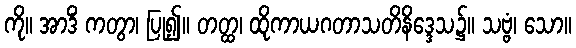
ကို။ အာဒိံ ကတွာ၊ ပြု၍။ တတ္ထ၊ ထိုကာယဂတာသတိနိဒ္ဒေသ၌။ သဗ္ဗံ၊ သော။